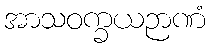
အာသဝက္ခယဉာဏံ